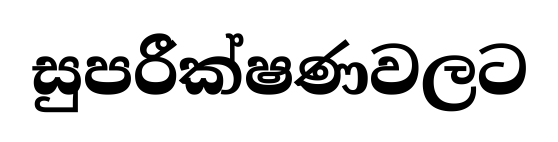
සුපරීක්ෂණවලට